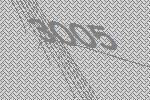
3005